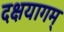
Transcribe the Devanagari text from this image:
दक्षयागम्